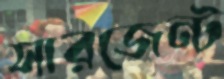
সারজেন্ট